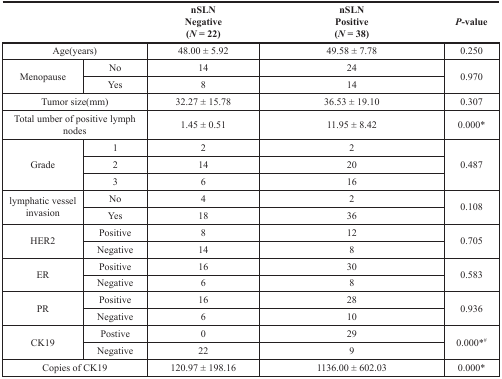
<table><thead><tr><td colspan="2"></td><td><b>nSLN Negative (<i>N</i> = 22)</b></td><td><b>nSLN Positive (<i>N</i> = 38)</b></td><td><b><i>P</i>-value</b></td></tr></thead><tbody><tr><td colspan="2">Age(years)</td><td>48.00 ± 5.92</td><td>49.58 ± 7.78</td><td>0.250</td></tr><tr><td rowspan="2">Menopause</td><td>No</td><td>14</td><td>24</td><td rowspan="2">0.970</td></tr><tr><td>Yes</td><td>8</td><td>14</td></tr><tr><td colspan="2">Tumor size(mm)</td><td>32.27 ± 15.78</td><td>36.53 ± 19.10</td><td>0.307</td></tr><tr><td colspan="2">Total umber of positive lymph nodes</td><td>1.45 ± 0.51</td><td>11.95 ± 8.42</td><td>0.000*</td></tr><tr><td rowspan="3">Grade</td><td>1</td><td>2</td><td>2</td><td rowspan="3">0.487</td></tr><tr><td>2</td><td>14</td><td>20</td></tr><tr><td>3</td><td>6</td><td>16</td></tr><tr><td rowspan="2">lymphatic vessel invasion</td><td>No</td><td>4</td><td>2</td><td rowspan="2">0.108</td></tr><tr><td>Yes</td><td>18</td><td>36</td></tr><tr><td rowspan="2">HER2</td><td>Positive</td><td>8</td><td>12</td><td rowspan="2">0.705</td></tr><tr><td>Negative</td><td>14</td><td>8</td></tr><tr><td rowspan="2">ER</td><td>Positive</td><td>16</td><td>30</td><td rowspan="2">0.583</td></tr><tr><td>Negative</td><td>6</td><td>8</td></tr><tr><td rowspan="2">PR</td><td>Positive</td><td>16</td><td>28</td><td rowspan="2">0.936</td></tr><tr><td>Negative</td><td>6</td><td>10</td></tr><tr><td rowspan="2">CK19</td><td>Postive</td><td>0</td><td>29</td><td rowspan="2">0.000*#</td></tr><tr><td>Negative</td><td>22</td><td>9</td></tr><tr><td colspan="2">Copies of CK19</td><td>120.97 ± 198.16</td><td>1136.00 ± 602.03</td><td>0.000*</td></tr></tbody></table>